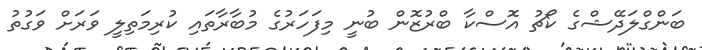
ބަންގްލަދޭޝްގެ ކޯޗު އޮސްކާ ބްރުޒޮން ބުނީ މިފަހަރުގެ މުބާރާތައި ކުރިމަތިލީ ވަރަށް ވަގުތު